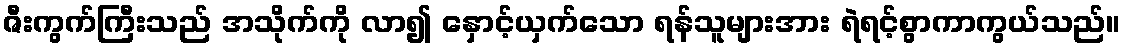
ဇီးကွက်ကြီးသည် အသိုက်ကို လာ၍ နှောင့်ယှက်သော ရန်သူများအား ရဲရင့်စွာကာကွယ်သည်။